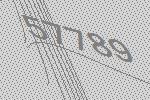
57789